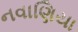
નવાણિયા